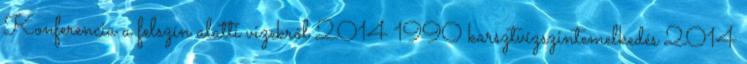
Konferencia a felszín alatti vizekről 2014 1990 karsztvízszintemelkedés 2014